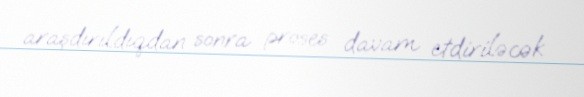
araşdırıldıqdan sonra proses davam etdiriləcək.